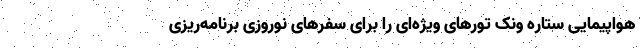
هواپیمایی ستاره ونک تورهای ویژه‌ای را برای سفرهای نوروزی برنامه‌ریزی